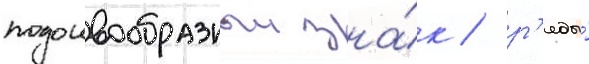
подошвообразныи зна́к / р'яды́